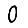
Digit: 0